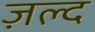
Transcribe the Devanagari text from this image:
ज़ल्द